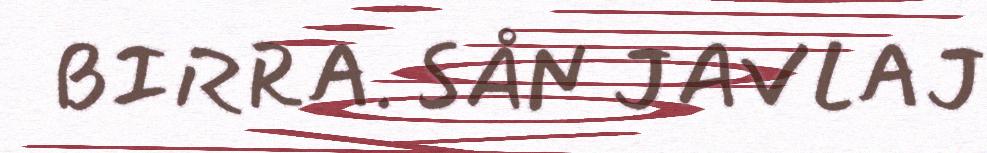
BIRRA. SÅN JAVLAJ